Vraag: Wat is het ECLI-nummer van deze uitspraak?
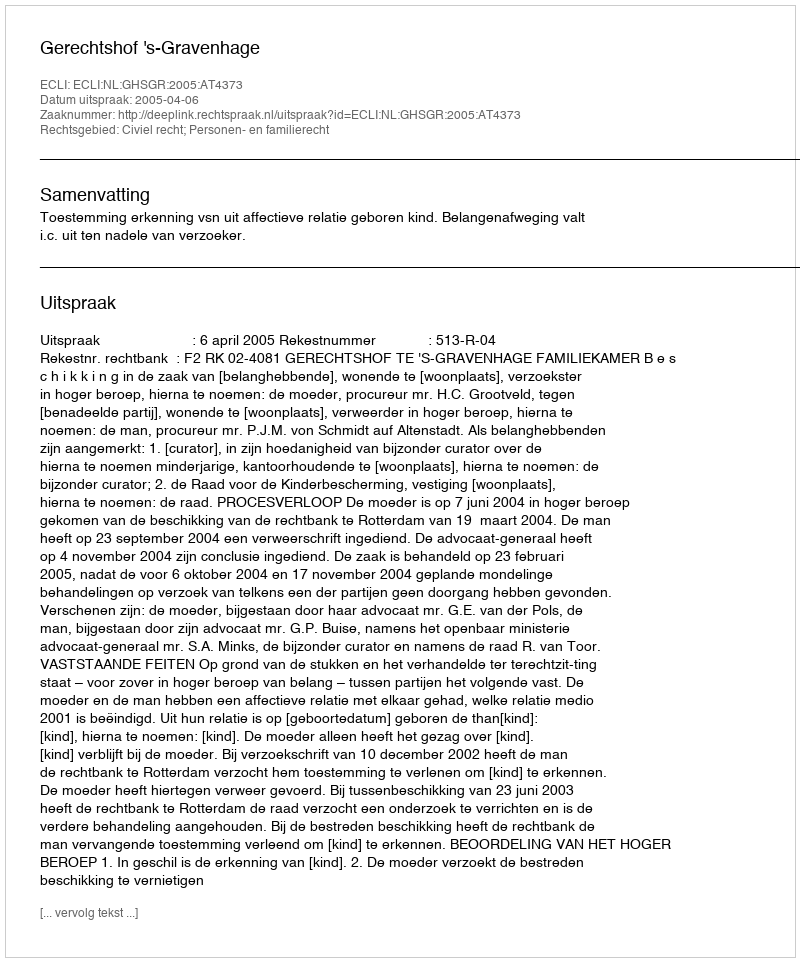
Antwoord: ECLI:NL:GHSGR:2005:AT4373